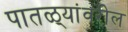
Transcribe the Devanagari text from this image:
पातळ्यांवरील